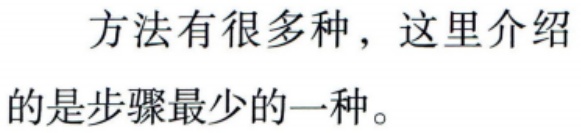
方法有很多种，这里介绍的是步骤最少的一种。